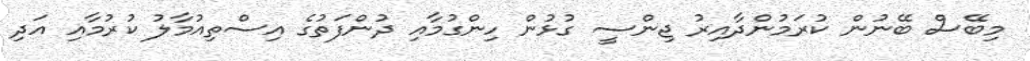
މިބޭސް ބޭނުން ކުރަމުންދާއިރު ޖިންސީ ގުޅުން ހިންގުމާއި ދުންފަތުގެ އިސްތިއުމާލު ކުރުމާއި އަދި